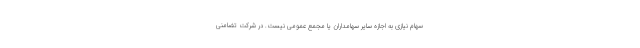
سهام نیازی به اجازه سایر سهامداران یا مجمع عمومی نیست. در شرکت تضامنی